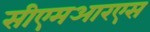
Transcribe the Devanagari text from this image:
सीएमआरएस